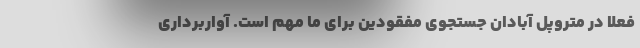
فعلاً در متروپل آبادان جستجوی مفقودین برای ما مهم است. آواربرداری